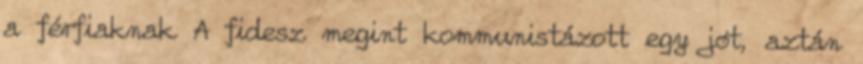
a férfiaknak A fidesz megint kommunistázott egy jót, aztán